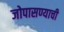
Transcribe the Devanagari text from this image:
जोपासण्याची